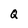
Character: Q